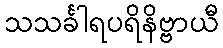
သသင်္ခါရပရိနိဗ္ဗာယီ